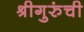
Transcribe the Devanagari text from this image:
श्रीगुरुंची